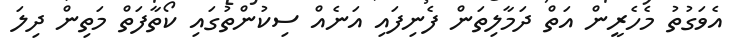
އެވަގުތު މެހެރީން އަތް ދަމާލިތަން ފެނިފައި އަނެއް ސިކުންތުގައި ކޯތާފަތް މަތިން ދިލަ